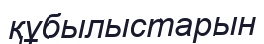
құбылыстарын